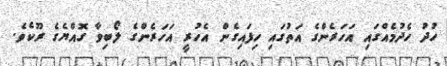
ހުދު ހެދުމެއްގައި އަހަރެންގެ އަތުގައި ހިފައިގެން އެހުރީ އަހަރެންގެ ލޯބިވާ ގޮއްޔެގެ ރޫކެވެ.